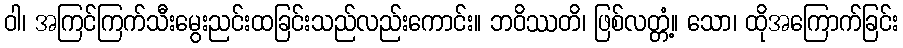
ဝါ၊ အကြင်ကြက်သီးမွေးညင်းထခြင်းသည်လည်းကောင်း။ ဘဝိဿတိ၊ ဖြစ်လတ္တံ့။ သော၊ ထိုအကြောက်ခြင်း